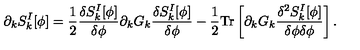
\partial _ { k } S _ { k } ^ { I } [ \phi ] = { \frac { 1 } { 2 } } { \frac { \delta S _ { k } ^ { I } [ \phi ] } { \delta \phi } } \partial _ { k } G _ { k } { \frac { \delta S _ { k } ^ { I } [ \phi ] } { \delta \phi } } - { \frac { 1 } { 2 } } { \mathrm { T r } } \left[ \partial _ { k } G _ { k } { \frac { \delta ^ { 2 } S _ { k } ^ { I } [ \phi ] } { \delta \phi \delta \phi } } \right] .